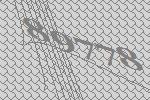
89778